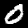
Label: 0